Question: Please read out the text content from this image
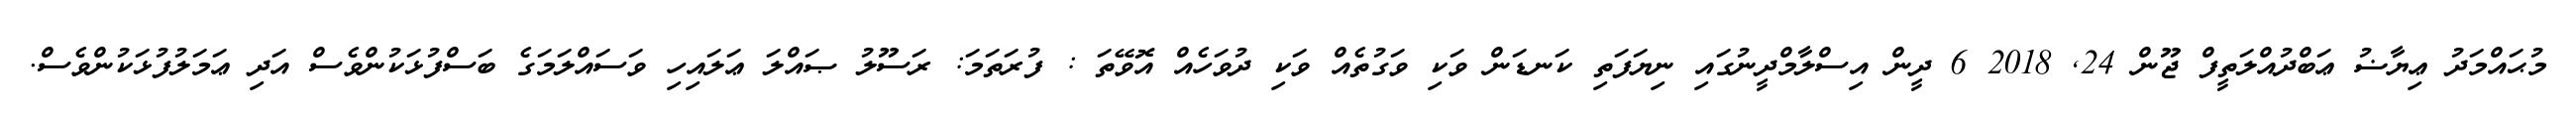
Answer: މުޙައްމަދު ޢިޔާޟު ޢަބްދުއްލަތީފް ޖޫން 24, 2018 6 ދީން އިސްލާމްދީނުގައި ނިޔަފަތި ކަނޑަން ވަކި ވަގުތެއް ވަކި ދުވަހެއް އޮވޭތަ : ފުރަތަމަ: ރަސޫލު ޞައްލަ ޢަލައިހި ވަސައްލަމަގެ ބަސްފުޅަކުންވެސް އަދި ޢަމަލުފުޅަކުންވެސް.